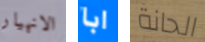
الانهيار ابا الحانة